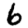
Digit: 6